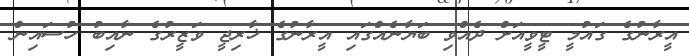
އީރާނުގެ ގައުމީ ޓީވީއަށް ދެއްވި ބަޔާނެއްގައި އީރާނުގެ ޚާރިޖީ ވަޒީރުގެ ނާއިބު ހުސައިން